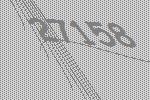
27158